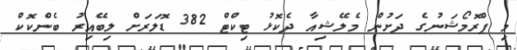
މި ޕްރޮމޯޝަނުގެ ދަށުން މެލޭޝިއާ ދެކޮޅު ޓިކްޓް 382 ޑޮލަރަށް ލިބޭއިރު ބެންކޮކް